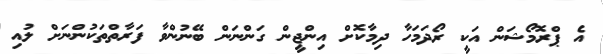
އެ ޕްރޮމޯޝަން އަކީ ރޯދަމަހާ ދިމާކޮށް އިންޖީން ގަންނަން ބޭނުންވާ ފަރާތްތަކުންނަށް ލުއި